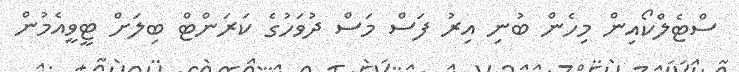
ސްޓެލްކޯއިން މިހެން ބުނި އިރު ފަސް މަސް ދުވަހުގެ ކަރަންޓް ބިލަށް ޓީވީއެމުން